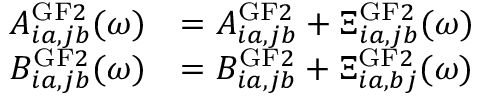
\begin{array} { r l } { A _ { i a , j b } ^ { \mathrm { G F } 2 } ( \omega ) } & { = A _ { i a , j b } ^ { \mathrm { G F } 2 } + \Xi _ { i a , j b } ^ { \mathrm { G F } 2 } ( \omega ) } \\ { B _ { i a , j b } ^ { \mathrm { G F } 2 } ( \omega ) } & { = B _ { i a , j b } ^ { \mathrm { G F } 2 } + \Xi _ { i a , b j } ^ { \mathrm { G F } 2 } ( \omega ) } \end{array}